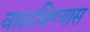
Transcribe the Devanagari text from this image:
वाळविण्यास